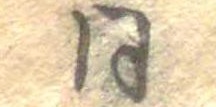
同